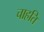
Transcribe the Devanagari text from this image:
चाहति